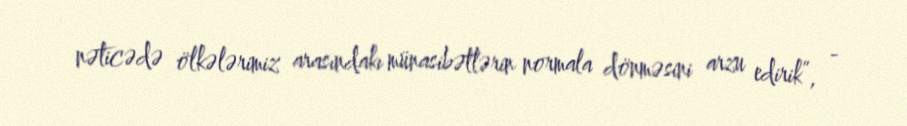
nəticədə ölkələrimiz arasındakı münasibətlərin normala dönməsini arzu edirik”, -